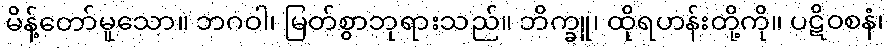
မိန့်တော်မူသော။ ဘဂဝါ၊ မြတ်စွာဘုရားသည်။ ဘိက္ခူ၊ ထိုရဟန်းတို့ကို။ ပဋိဝစနံ၊